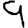
Digit: 9